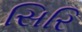
સિરિ